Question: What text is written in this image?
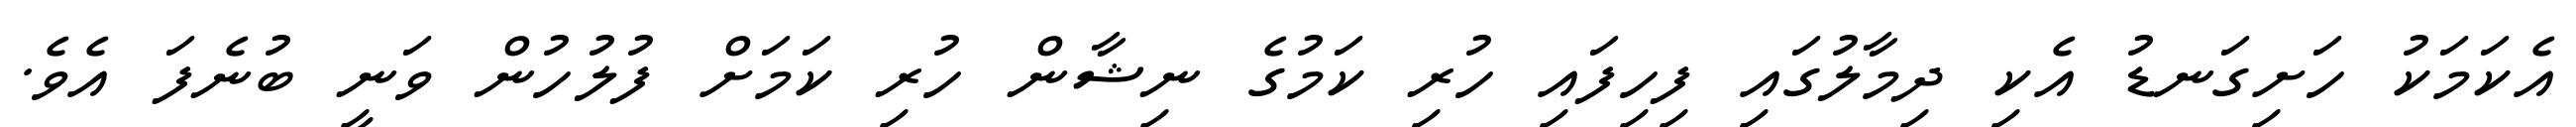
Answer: އެކަމަކު ހަށިގަނޑު އެކި ދިމާލުގައި ފިހިފައި ހުރި ކަމުގެ ނިޝާން ހުރި ކަމަށް ފުލުހުން ވަނީ ބުނެފަ އެވެ.